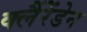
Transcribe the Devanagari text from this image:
क्लैंरेंडेन